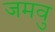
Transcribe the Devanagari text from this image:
जमवु